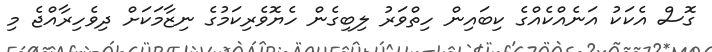
ގޮސް އެކަކު އަނެއްކެއްގެ ކިބައިން ހިތްވަރު ލިބިގެން ހެޔޮވެރިކަމުގެ ނިޒާމަކަށް ދިވެހިރާއްޖެ މި